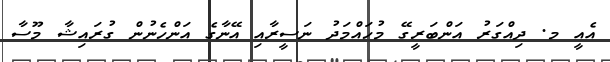
އެއީ މ. ދިއްގަރު އަންބަރީގޭ މުހައްމަދު ނަސީރާއި އޭނާގެ އަންހެނުން ގުރައިޝާ މޫސާ